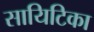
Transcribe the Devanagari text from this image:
सायिटिका